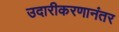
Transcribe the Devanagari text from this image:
उदारीकरणानंतर